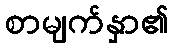
စာမျက်နှာ၏